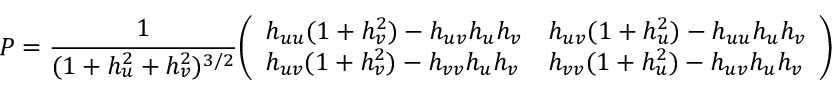
P = { \frac { 1 } { ( 1 + h _ { u } ^ { 2 } + h _ { v } ^ { 2 } ) ^ { 3 / 2 } } } { \left( \begin{array} { l l } { h _ { u u } ( 1 + h _ { v } ^ { 2 } ) - h _ { u v } h _ { u } h _ { v } } & { h _ { u v } ( 1 + h _ { u } ^ { 2 } ) - h _ { u u } h _ { u } h _ { v } } \\ { h _ { u v } ( 1 + h _ { v } ^ { 2 } ) - h _ { v v } h _ { u } h _ { v } } & { h _ { v v } ( 1 + h _ { u } ^ { 2 } ) - h _ { u v } h _ { u } h _ { v } } \end{array} \right) }